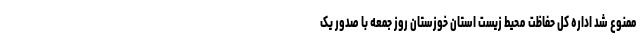
ممنوع شد اداره کل حفاظت محیط زیست استان خوزستان روز جمعه با صدور یک